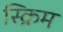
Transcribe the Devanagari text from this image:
स्क्रिम